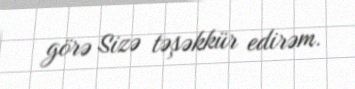
görə Sizə təşəkkür edirəm.